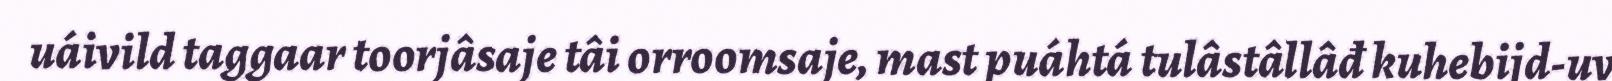
uáivild taggaar toorjâsaje tâi orroomsaje, mast puáhtá tulâstâllâđ kuhebijd-uv